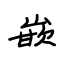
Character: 嵌